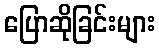
ပြောဆိုခြင်းများ